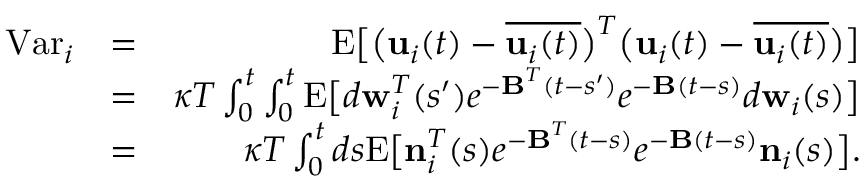
\begin{array} { r l r } { \mathrm { V a r } _ { i } } & { = } & { \mathrm { E } \big [ \big ( { \bf { u } } _ { i } ( t ) - \overline { { { \bf { u } } _ { i } ( t ) } } \big ) ^ { T } \big ( { \bf { u } } _ { i } ( t ) - \overline { { { \bf { u } } _ { i } ( t ) } } \big ) \big ] } \\ & { = } & { \kappa T \int _ { 0 } ^ { t } \int _ { 0 } ^ { t } \mathrm { E } \big [ d { \bf w } _ { i } ^ { T } ( s ^ { \prime } ) e ^ { { - \bf B } ^ { T } ( t - s ^ { \prime } ) } e ^ { { - \bf B } ( t - s ) } d { \bf w } _ { i } ( s ) \big ] } \\ & { = } & { \kappa T \int _ { 0 } ^ { t } d s \mathrm { E } \big [ { \bf n } _ { i } ^ { T } ( s ) e ^ { { - \bf B } ^ { T } ( t - s ) } e ^ { { - \bf B } ( t - s ) } { \bf n } _ { i } ( s ) \big ] . } \end{array}